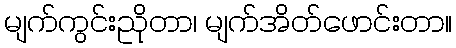
မျက်ကွင်းညိုတာ၊ မျက်အိတ်ဖောင်းတာ။